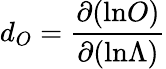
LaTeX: d_{O}={\frac{\partial(\mathrm{ln}O)}{\partial(\mathrm{ln}\Lambda)}}